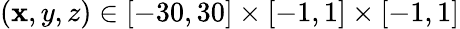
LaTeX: (\mathbf{x},y,z)\in[-30,30]\times[-1,1]\times[-1,1]